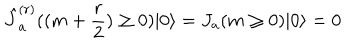
\hat { J } _ { a } ^ { ( r ) } ( ( m + \frac { r } { 2 } ) \geq 0 ) | 0 \rangle = J _ { a } ( m \geq 0 ) | 0 \rangle = 0